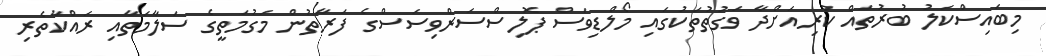
މިބައިސްކަލު ބުރުތައް ކުރިއަށްދާ ވަގުތުތަކުގައި މޯލްޑިވަސް ޕޮލިސްސަރްވިސަސްގެ ފަރާތުން މަގުމަތީގެ ސަލާމަތާއި ރައްކާތެރި